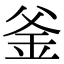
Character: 釜